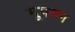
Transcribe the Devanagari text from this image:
भूपतग